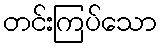
တင်းကြပ်သော